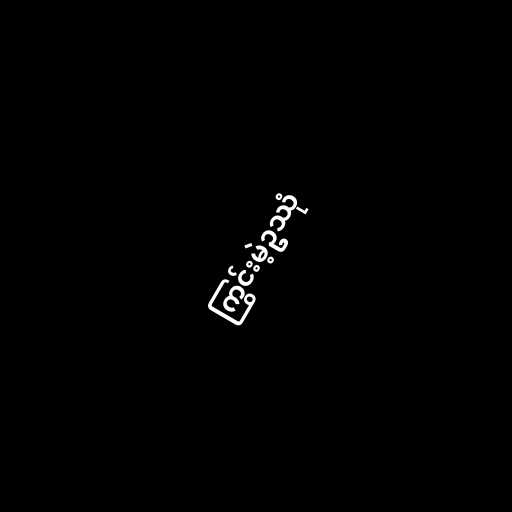
ကြွင်းမဲ့ဥဿုံ